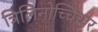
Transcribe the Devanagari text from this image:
त्रिलिनोच्चिच्पर